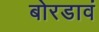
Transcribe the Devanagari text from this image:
बोरडावं